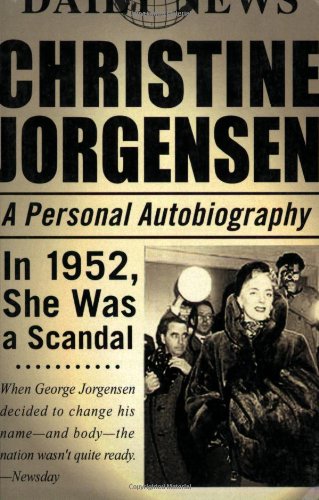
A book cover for Christine Jorgensen: A Personal Autobiography; Christine Jorgensen; Gay & Lesbian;